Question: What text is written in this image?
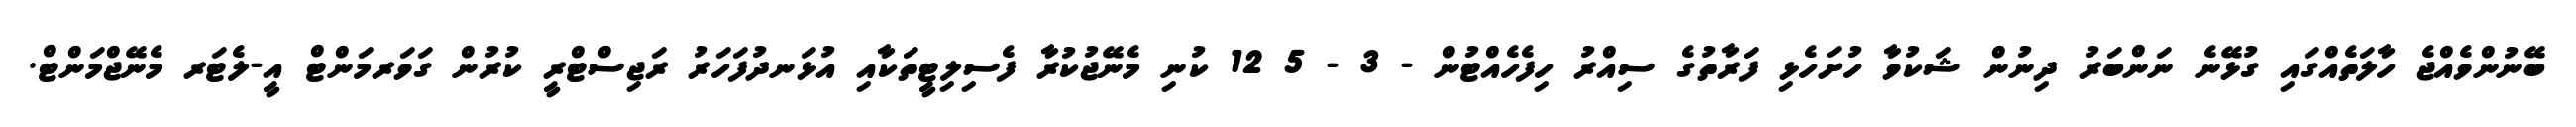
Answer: ބޭނުންވެއްޖެ ހާލަތެއްގައި ގުޅޭނެ ނަންބަރު ދިނުން ޝަކުވާ ހުށަހެޅި ފަރާތުގެ ސިއްރު ހިފެހެއްޓުން - 3 - 5 12 ކުނި މެނޭޖުކުރާ ފެސިލިޓީތަކާއި އުޅަނދުފަހަރު ރަޖިސްޓްރީ ކުރުން ގަވަރމަންޓް އީ-ލެޓަރ މެނޭޖްމަންޓް.